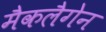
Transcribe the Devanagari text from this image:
मैकलैगेन